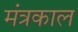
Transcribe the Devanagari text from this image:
मंत्रकाल